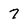
Character: 7